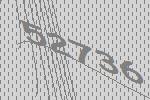
52736